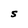
Character: S